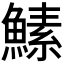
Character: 𬵡